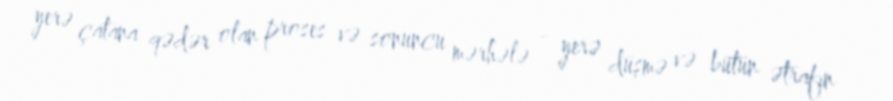
yerə çatana qədər olan proses və sonuncu mərhələ - yerə düşmə və bütün ətrafın